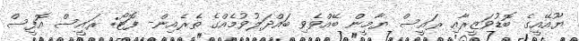
ޔޫއޭއީގެ ބޮޑުވަޒީރާއި ރައީސް ޔާމީން ބޭއްވެވި ބައްދަލުވުމެއްގެ ތެރެއިން- ފޮޓޯ: ރައީސް އޮފީސް